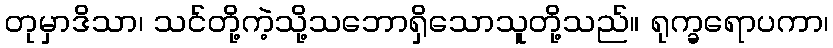
တုမှာဒိသာ၊ သင်တို့ကဲ့သို့သဘောရှိသောသူတို့သည်။ ရုက္ခရောပကာ၊